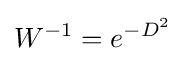
W^{-1}=e^{-D^{2}}~